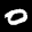
Label: 0